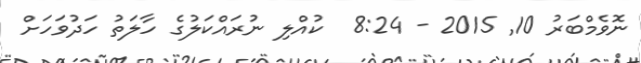
ނޮވެމްބަރު 10